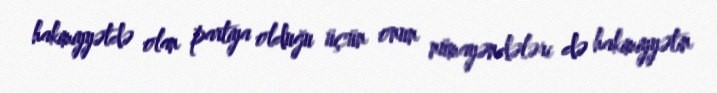
hakimiyyətdə olan partiya olduğu üçün onun nümayəndələri də hakimiyyətin